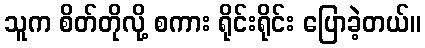
သူက စိတ်တိုလို့ စကား ရိုင်းရိုင်း ပြောခဲ့တယ်။